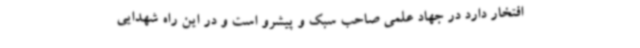
افتخار دارد در جهاد علمی صاحب سبک و پیشرو است و در این راه شهدایی